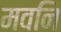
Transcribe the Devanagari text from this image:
मवनि